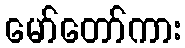
မော်တော်ကား